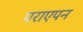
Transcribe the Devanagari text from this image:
पराएपन